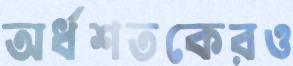
অর্ধশতকেরও